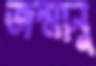
জন্মানু